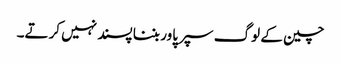
چین کے لوگ سپر پاور بننا پسند نہیں کرتے۔